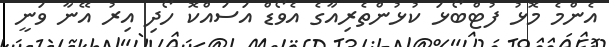
އެންމެ މޮޅު ފުޓްބޯޅަ ކުޅުންތެރިއާގެ އެވޯޑް އަސައްކޮ ހޯދި އިރު އޭނާ ވަނީ